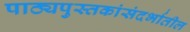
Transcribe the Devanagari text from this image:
पाठ्यपुस्तकांसंदर्भातील